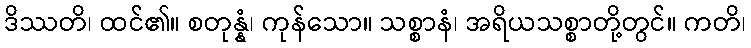
ဒိဿတိ၊ ထင်၏။ စတုန္နံ၊ ကုန်သော။ သစ္စာနံ၊ အရိယသစ္စာတို့တွင်။ ကတိ၊